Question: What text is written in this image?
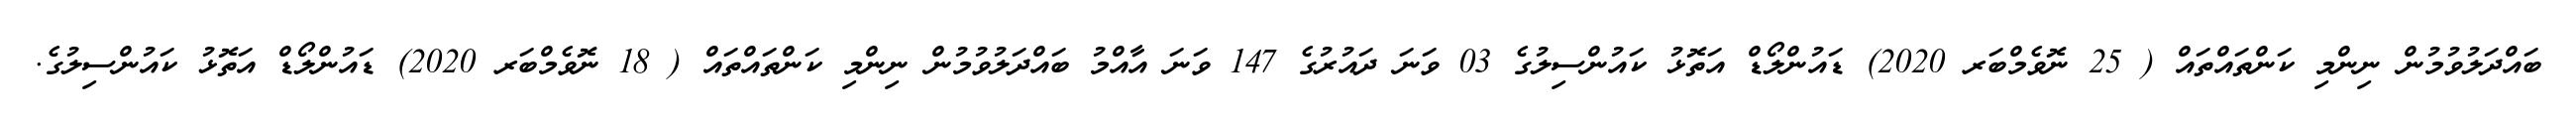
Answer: ބައްދަލުވުމުން ނިންމި ކަންތައްތައް ( 25 ނޮވެމްބަރ 2020) ޑައުންލޯޑް އަތޮޅު ކައުންސިލުގެ 03 ވަނަ ދައުރުގެ 147 ވަނަ އާއްމު ބައްދަލުވުމުން ނިންމި ކަންތައްތައް ( 18 ނޮވެމްބަރ 2020) ޑައުންލޯޑް އަތޮޅު ކައުންސިލުގެ.